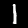
Label: 1